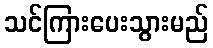
သင်ကြားပေးသွားမည်